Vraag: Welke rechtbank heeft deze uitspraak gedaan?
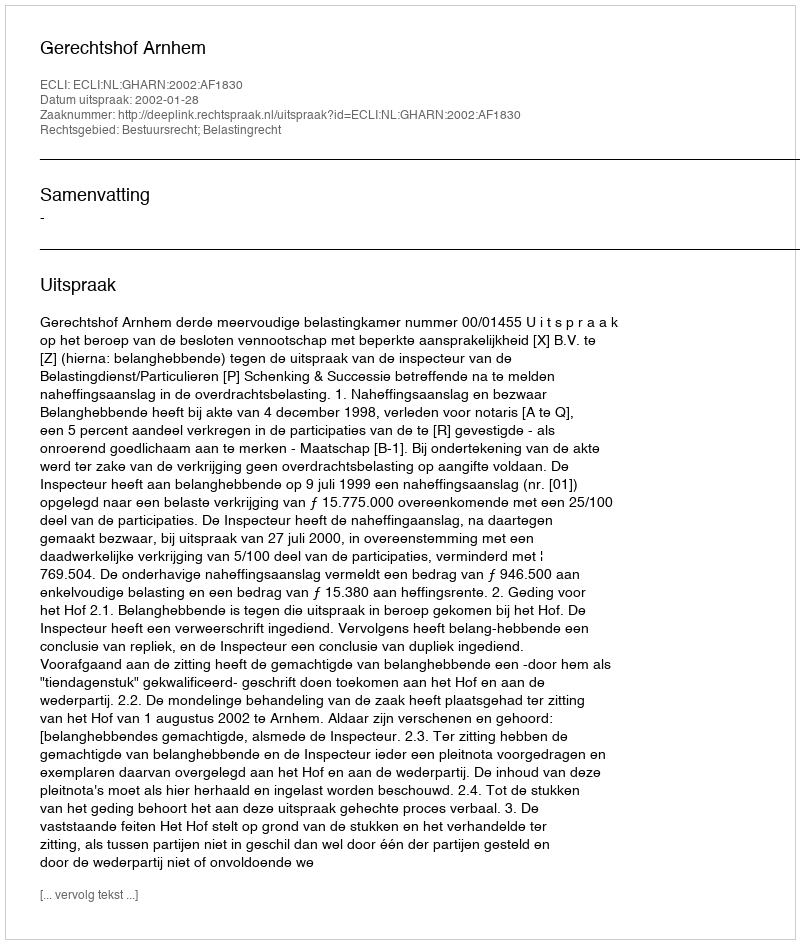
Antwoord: Gerechtshof Arnhem